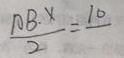
\frac { A B \cdot x } { 2 } = 1 0